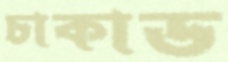
চাকাড